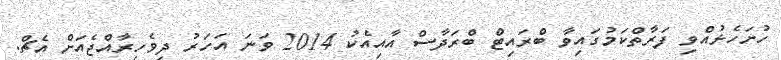
ހުށަހެޅުއްވި ފަރާތްކަމުގައިވާ ބްރައިޓް ބްރަދާސް އާއިއެކު 2014 ވަނަ އަހަރު ދިވެހިރާއްޖެއަށް އެޗް.